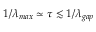
1 / \lambda _ { m a x } \simeq \tau \lesssim 1 / \lambda _ { g a p }